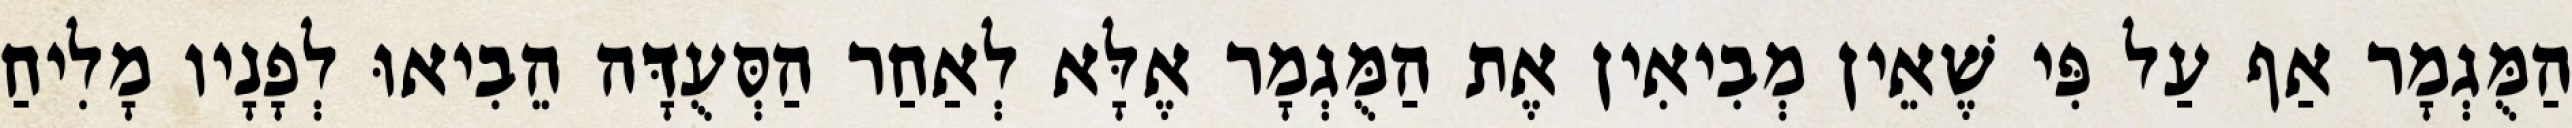
הַמֻּגְמָר אַף עַל פִּי שֶׁאֵין מְבִיאִין אֶת הַמֻּגְמָר אֶלָּא לְאַחַר הַסְּעֻדָּה הֵבִיאוּ לְפָנָיו מָלִיחַ